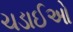
ચડાઈઓ